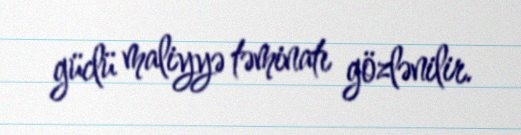
güclü maliyyə təminatı gözlənilir.